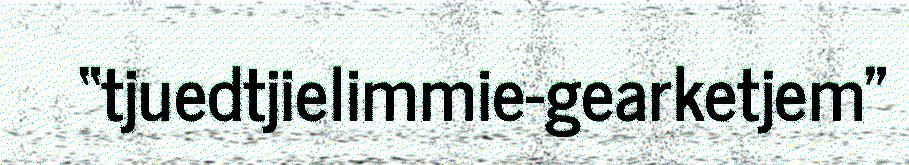
“tjuedtjielimmie-gearketjem"